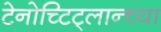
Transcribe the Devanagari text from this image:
टेनोच्टिट्लान्च्या